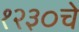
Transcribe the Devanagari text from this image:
१२३०चे